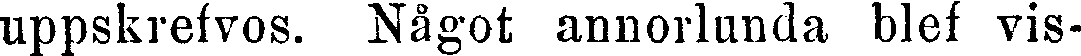
uppskrefvos. Något annorlunda blef vis-